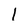
Character: l